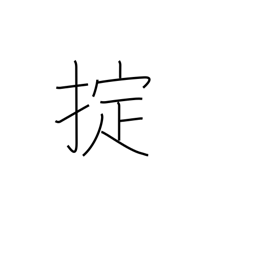
Meaning: regulations